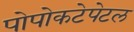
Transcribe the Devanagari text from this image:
पोपोकटेपेटल